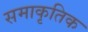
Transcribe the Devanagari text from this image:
समाकृतिक